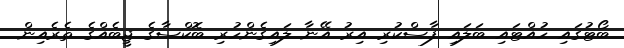
ބޯޓުގައި ހުއްޓައި ބަލައި ފާސްކުރި އިރު އޭނާ ލައިގެންހުރި ބޮކްސާގެ ޖީބެއްގެ ތެރެއިން